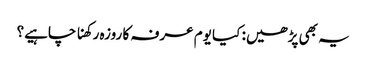
یہ بھی پڑھیں: کیا یوم عرفہ کا روزہ رکھنا چاہیے؟